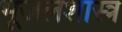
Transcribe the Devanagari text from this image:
भूजलशास्त्र